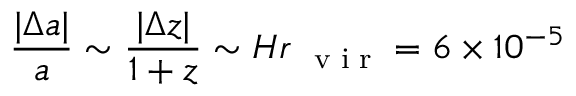
\frac { | \Delta a | } { a } \sim \frac { | \Delta z | } { 1 + z } \sim H r _ { \mathrm { ~ \scriptsize ~ v ~ i ~ r ~ } } = 6 \times 1 0 ^ { - 5 }